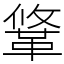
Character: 䩦